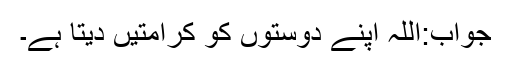
جواب:اللہ اپنے دوستوں کو کرامتیں دیتا ہے۔